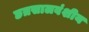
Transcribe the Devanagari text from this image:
छत्रसालवंशीय